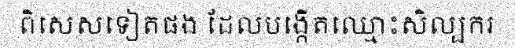
ពិសេសទៀតផង ដែលបង្កើតឈ្មោះសិល្បករ